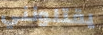
يقتلونني